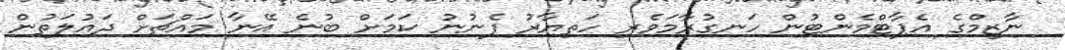
ނާޒިމްގެ އެޕާޓްމެންޓުން ހަނގުރާމަވެރި ހަތިޔާރު ފެނުނު ކަމަށް ބުނެ އޭނާ މައްޗަށް ދައުލަތުން